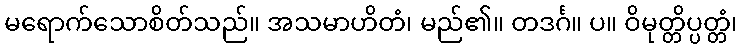
မရောက်သောစိတ်သည်။ အသမာဟိတံ၊ မည်၏။ တဒင်္ဂ။ ပ။ ဝိမုတ္တိပ္ပတ္တံ၊